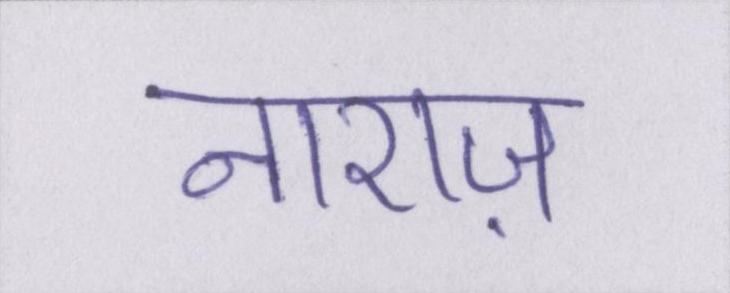
नाराज़